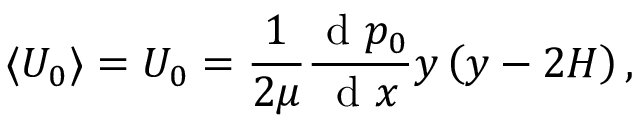
\langle U _ { 0 } \rangle = { U _ { 0 } } = \frac { 1 } { 2 \mu } \frac { \displaystyle \mathrm { ~ d ~ } p _ { 0 } } { \mathrm { ~ d ~ } x } y \left( y - 2 H \right) ,